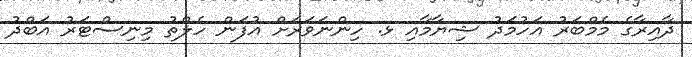
ދާއިރާގެ މެމްބަރު އަހުމަދު ޝިޔާމާއި ޅ. ހިންނަވަރަށް އުފަން ހެލްތު މިނިސްޓަރު އަބްދު